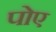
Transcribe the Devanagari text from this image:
पोए